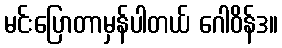
မင်းပြောတာမှန်ပါတယ် ဂေါဝိန်ဒ။